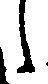
候